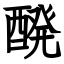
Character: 醗